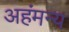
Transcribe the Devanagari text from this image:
अहंमन्य